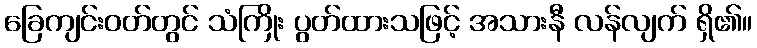
ခြေကျင်းဝတ်တွင် သံကြိုး ပွတ်ထားသဖြင့် အသားနီ လန်လျက် ရှိ၏။